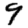
Digit: 9